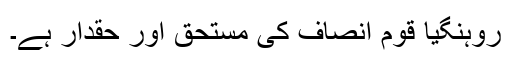
روہنگیا قوم انصاف کی مستحق اور حقدار ہے۔